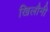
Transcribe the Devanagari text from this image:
खिलौनी